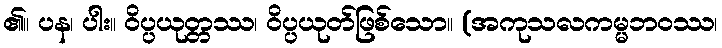
၏။ ပန၊ ပါး။ ဝိပ္ပယုတ္တဿ၊ ဝိပ္ပယုတ်ဖြစ်သော။ (အကုသလကမ္မဘဝဿ၊